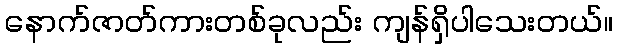
နောက်ဇာတ်ကားတစ်ခုလည်း ကျန်ရှိပါသေးတယ်။